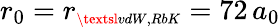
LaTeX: r_{0}=r_{\scriptscriptstyle\textsl{vdW,RbK}}=72\, a_{0}